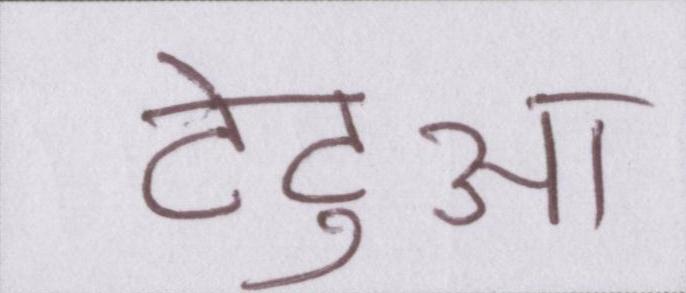
टेंटुआ